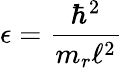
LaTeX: \epsilon=\frac{\hbar^{2}}{m_{r}\ell^{2}}